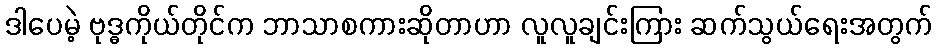
ဒါပေမဲ့ ဗုဒ္ဓကိုယ်တိုင်က ဘာသာစကားဆိုတာဟာ လူလူချင်းကြား ဆက်သွယ်ရေးအတွက်